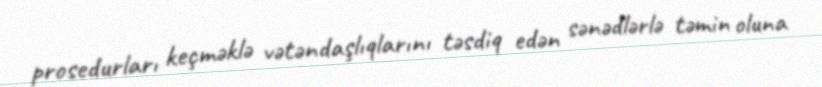
prosedurları keçməklə vətəndaşlıqlarını təsdiq edən sənədlərlə təmin oluna